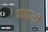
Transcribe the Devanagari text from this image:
बाधली